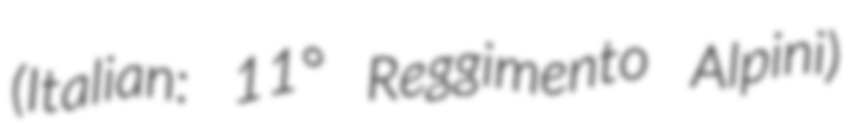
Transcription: (Italian: 11° Reggimento Alpini)